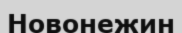
Новонежин